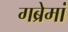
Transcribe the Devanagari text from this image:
गब्रेमां